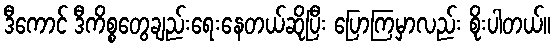
ဒီကောင် ဒီကိစ္စတွေချည်းရေးနေတယ်ဆိုပြီး ပြောကြမှာလည်း စိုးပါတယ်။